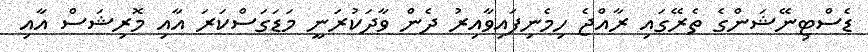
ޑެސްޓިނޭޝަންގެ ތެރޭގައި ރާއްޖެ ހިމެނިފައިވާއިރު ދެން ވާދަކުރަނީ މަޑަގަސްކަރަ އާއި މޮރިޝަސް އާއި